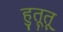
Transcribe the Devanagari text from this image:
हुतूतू